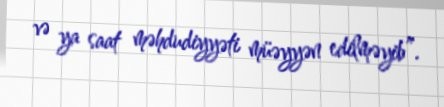
və ya saat məhdudiyyəti müəyyən edilməyib”.